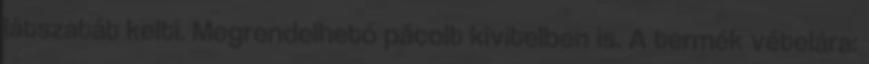
látszatát kelti. Megrendelhető pácolt kivitelben is. A termék vételára: